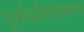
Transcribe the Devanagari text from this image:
पूर्वार्धासारखाच